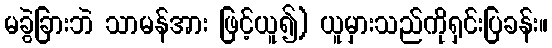
မခွဲခြားဘဲ သာမန်အား ဖြင့်ယူ၍) ယူမှားသည်ကိုရှင်းပြခန်း။